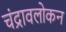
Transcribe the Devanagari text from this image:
चंद्रावलोकन